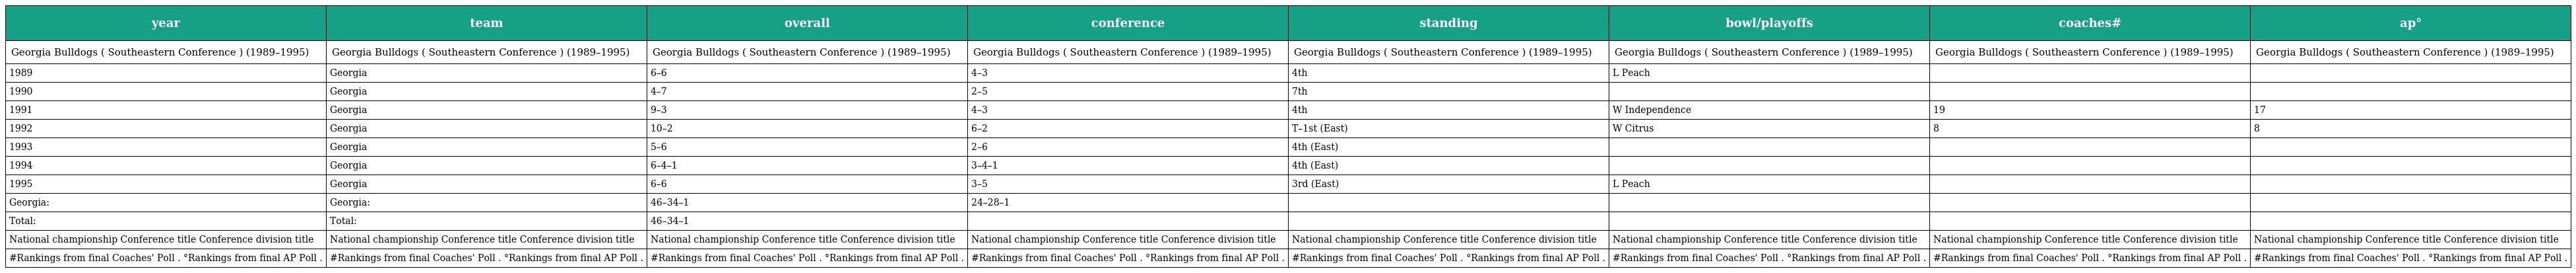
| year | team | overall | conference | standing | bowl/playoffs | coaches# | ap° |
 | --- | --- | --- | --- | --- | --- | --- | --- |
 | Georgia Bulldogs ( Southeastern Conference ) (1989–1995) | Georgia Bulldogs ( Southeastern Conference ) (1989–1995) | Georgia Bulldogs ( Southeastern Conference ) (1989–1995) | Georgia Bulldogs ( Southeastern Conference ) (1989–1995) | Georgia Bulldogs ( Southeastern Conference ) (1989–1995) | Georgia Bulldogs ( Southeastern Conference ) (1989–1995) | Georgia Bulldogs ( Southeastern Conference ) (1989–1995) | Georgia Bulldogs ( Southeastern Conference ) (1989–1995) |
 | 1989 | Georgia | 6–6 | 4–3 | 4th | L Peach |  |  |
 | 1990 | Georgia | 4–7 | 2–5 | 7th |  |  |  |
 | 1991 | Georgia | 9–3 | 4–3 | 4th | W Independence | 19 | 17 |
 | 1992 | Georgia | 10–2 | 6–2 | T–1st (East) | W Citrus | 8 | 8 |
 | 1993 | Georgia | 5–6 | 2–6 | 4th (East) |  |  |  |
 | 1994 | Georgia | 6–4–1 | 3–4–1 | 4th (East) |  |  |  |
 | 1995 | Georgia | 6–6 | 3–5 | 3rd (East) | L Peach |  |  |
 | Georgia: | Georgia: | 46–34–1 | 24–28–1 |  |  |  |  |
 | Total: | Total: | 46–34–1 |  |  |  |  |  |
 | National championship Conference title Conference division title | National championship Conference title Conference division title | National championship Conference title Conference division title | National championship Conference title Conference division title | National championship Conference title Conference division title | National championship Conference title Conference division title | National championship Conference title Conference division title | National championship Conference title Conference division title |
 | #Rankings from final Coaches' Poll . °Rankings from final AP Poll . | #Rankings from final Coaches' Poll . °Rankings from final AP Poll . | #Rankings from final Coaches' Poll . °Rankings from final AP Poll . | #Rankings from final Coaches' Poll . °Rankings from final AP Poll . | #Rankings from final Coaches' Poll . °Rankings from final AP Poll . | #Rankings from final Coaches' Poll . °Rankings from final AP Poll . | #Rankings from final Coaches' Poll . °Rankings from final AP Poll . | #Rankings from final Coaches' Poll . °Rankings from final AP Poll . |